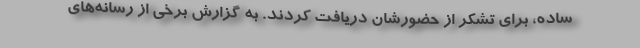
ساده، برای تشکر از حضورشان دریافت کردند. به گزارش برخی از رسانه‌های